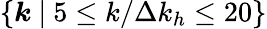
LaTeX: \left\{ \boldsymbol{k}~|~5\leq k/\Delta k_{h}\leq 20\right\}